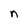
Character: n